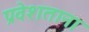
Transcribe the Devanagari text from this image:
प्रवेशताना